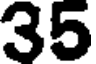
35